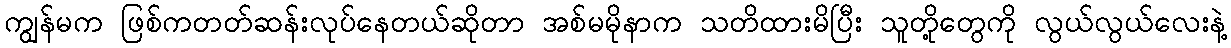
ကျွန်မက ဖြစ်ကတတ်ဆန်းလုပ်နေတယ်ဆိုတာ အစ်မမိုနာက သတိထားမိပြီး သူတို့တွေကို လွယ်လွယ်လေးနဲ့